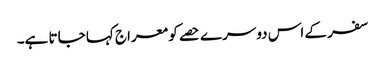
سفر کے اس دوسرے حصے کو معراج کہا جاتا ہے۔